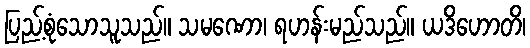
ပြည့်စုံသောသူသည်။ သမဏော၊ ရဟန်းမည်သည်။ ယဒိဟောတိ၊